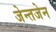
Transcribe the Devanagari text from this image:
जेन्तजेन